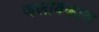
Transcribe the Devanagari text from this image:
जलविकास